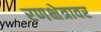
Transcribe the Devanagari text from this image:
रणक्षेत्रावर